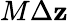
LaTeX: M\Delta\mathbf{z}